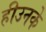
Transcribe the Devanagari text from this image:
हीउनके